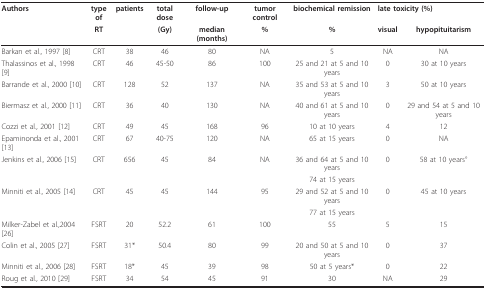
<table><thead><tr><td><b>Authors</b></td><td><b>type of</b></td><td><b>patients</b></td><td><b>total dose</b></td><td><b>follow-up</b></td><td><b>tumor control</b></td><td><b>biochemical remission</b></td><td colspan="2"><b> late toxicity (%)</b></td></tr><tr><td></td><td><b>RT</b></td><td></td><td><b>(Gy)</b></td><td><b>median (months)</b></td><td><b>%</b></td><td><b>%</b></td><td><b>visual</b></td><td><b>hypopituitarism</b></td></tr></thead><tbody><tr><td>Barkan et al., 1997 [8]</td><td>CRT</td><td>38</td><td>46</td><td>80</td><td>NA</td><td>5</td><td>NA</td><td>NA</td></tr><tr><td>Thalassinos et al., 1998 [9]</td><td>CRT</td><td>46</td><td>45-50</td><td>86</td><td>100</td><td>25 and 21 at 5 and 10 years</td><td>0</td><td>30 at 10 years</td></tr><tr><td>Barrande et al., 2000 [10]</td><td>CRT</td><td>128</td><td>52</td><td>137</td><td>NA</td><td>35 and 53 at 5 and 10 years</td><td>3</td><td>50 at 10 years</td></tr><tr><td>Biermasz et al., 2000 [11]</td><td>CRT</td><td>36</td><td>40</td><td>130</td><td>NA</td><td>40 and 61 at 5 and 10 years</td><td>0</td><td>29 and 54 at 5 and 10 years</td></tr><tr><td>Cozzi et al., 2001 [12]</td><td>CRT</td><td>49</td><td>45</td><td>168</td><td>96</td><td>10 at 10 years</td><td>4</td><td>12</td></tr><tr><td>Epaminonda et al., 2001 [13]</td><td>CRT</td><td>67</td><td>40-75</td><td>120</td><td>NA</td><td>65 at 15 years</td><td>0</td><td>NA</td></tr><tr><td>Jenkins et al., 2006 [15]</td><td>CRT</td><td>656</td><td>45</td><td>84</td><td>NA</td><td>36 and 64 at 5 and 10 years</td><td>0</td><td>58 at 10 years°</td></tr><tr><td></td><td></td><td></td><td></td><td></td><td></td><td>74 at 15 years</td><td></td><td></td></tr><tr><td>Minniti et al., 2005 [14]</td><td>CRT</td><td>45</td><td>45</td><td>144</td><td>95</td><td>29 and 52 at 5 and 10 years</td><td>0</td><td>45 at 10 years</td></tr><tr><td></td><td></td><td></td><td></td><td></td><td></td><td>77 at 15 years</td><td></td><td></td></tr><tr><td>Milker-Zabel et al.,2004 [26]</td><td>FSRT</td><td>20</td><td>52.2</td><td>61</td><td>100</td><td>55</td><td>5</td><td>15</td></tr><tr><td>Colin et al., 2005 [27]</td><td>FSRT</td><td>31*</td><td>50.4</td><td>80</td><td>99</td><td>20 and 50 at 5 and 10 years</td><td>0</td><td>37</td></tr><tr><td>Minniti et al., 2006 [28]</td><td>FSRT</td><td>18*</td><td>45</td><td>39</td><td>98</td><td>50 at 5 years*</td><td>0</td><td>22</td></tr><tr><td>Roug et al., 2010 [29]</td><td>FSRT</td><td>34</td><td>54</td><td>45</td><td>91</td><td>30</td><td>NA</td><td>29</td></tr></tbody></table>